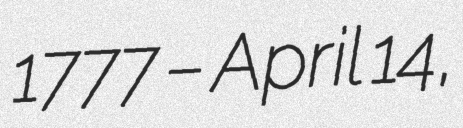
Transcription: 1777 – April 14,